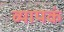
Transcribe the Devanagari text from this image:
व्यापकं